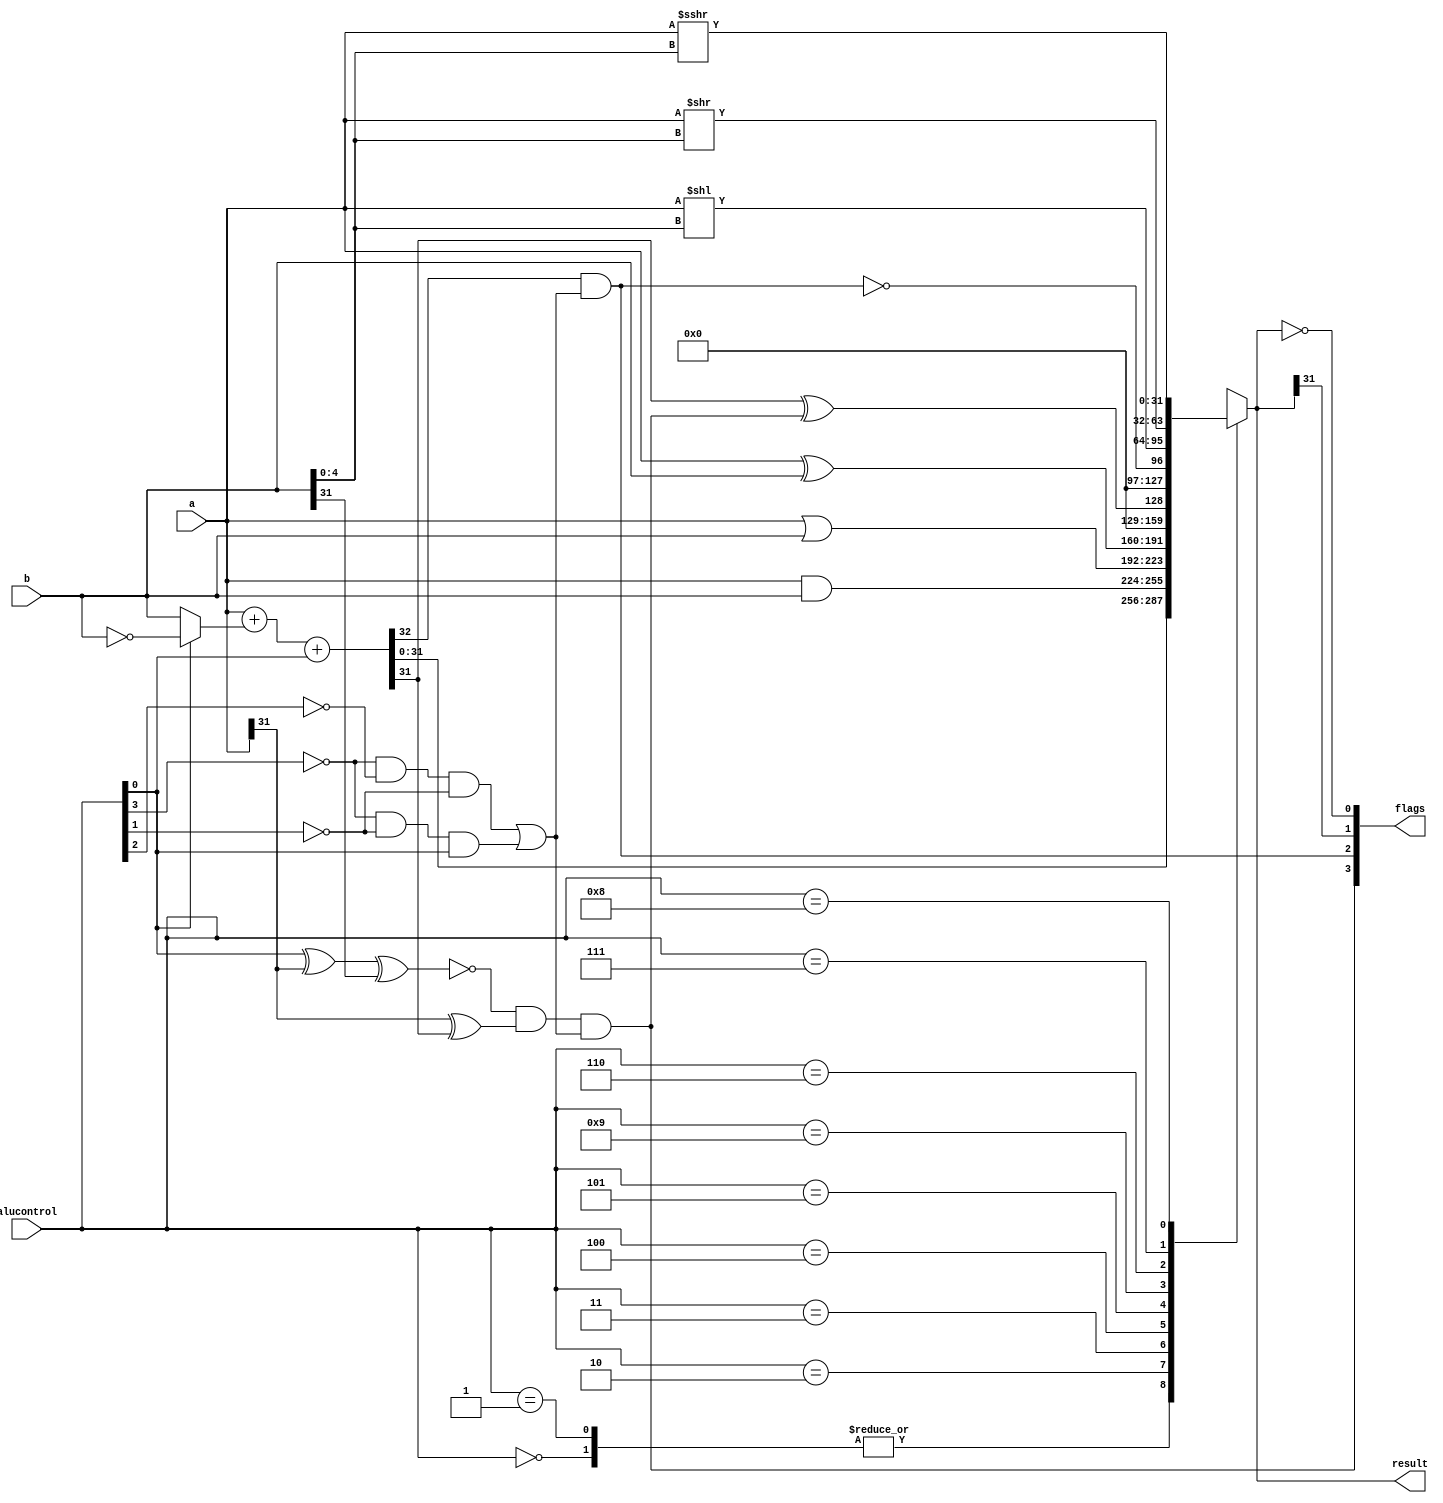
module alu(
	input  [31:0] a,
	input   [31:0] b,
	input   [3:0] alucontrol, // expanded to 4 bits for sra	
	output   reg [31:0] result,
	output   [3:0] flags); // added for blt and other branches

	wire [31:0] condinvb, sum;
	wire v, c, n, z; // flags: overflow, carry out, negative, zero
	wire cout; // carry out of adder
	wire isAdd; // true if is an add operation
	wire isSub; // true if is a subtract operation

	assign flags = {v, c, n, z};
	assign condinvb = alucontrol[0] ? ~b : b;
	assign {cout, sum} = a + condinvb + alucontrol[0];
	assign isAddSub = ~alucontrol[3] & ~alucontrol[2] & ~alucontrol[1] | ~alucontrol[3] & ~alucontrol[1] & alucontrol[0];

	always @(*) begin 
		case (alucontrol)
			4'b0000: result = sum; // add
			4'b0001: result = sum; // subtract
			4'b0010: result = a & b; // and
			4'b0011: result = a | b; // or
			4'b0100: result = a ^ b; // xor
			4'b0101: result = sum[31] ^ v; // slt
			4'b1001: result = !c;
			4'b0110: result = a << b[4:0]; // sll
			4'b0111: result = a >> b[4:0]; // srl
			4'b1000: result = $signed(a) >>> b[4:0]; // sra
			default: result = 32'bx;
		endcase
	end 

	// added for blt and other branches
	assign z = (result == 32'b0);
	assign n = result[31];
	assign c = cout & isAddSub;
	assign v = ~(alucontrol[0] ^ a[31] ^ b[31]) & (a[31] ^ sum[31]) & isAddSub;

endmodule